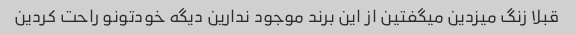
قبلا زنگ میزدین میگفتین از این برند موجود ندارین دیگه خودتونو راحت کردین